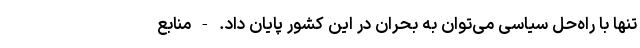
تنها با راه‌حل سیاسی می‌توان به بحران در این کشور پایان داد. - منابع